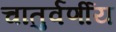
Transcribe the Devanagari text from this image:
चातुर्वर्णीय